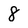
Character: 8